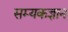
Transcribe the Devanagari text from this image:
सम्यकज्ञान